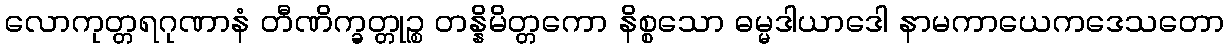
လောကုတ္တရဂုဏာနံ တီဏိက္ခတ္တုဉ္စ တန္နိမိတ္တကော နိစ္စသော ဓမ္မဒါယာဒေါ နာမကာယေကဒေသတော